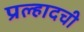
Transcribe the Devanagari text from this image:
प्रल्हादची